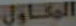
المقاول